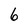
Character: 6